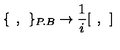
\{ \: \: , \: \: \} _ { P . B } \rightarrow \frac { 1 } { i } [ \: \: , \: \: ]